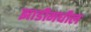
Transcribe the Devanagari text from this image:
झाडीमधील